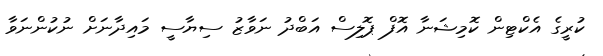
ކުރީގެ އެކްޓިން ކޮމިޝަނާ އޮފް ޕޮލިސް އަބްދު ނަވާޒު ސިޔާސީ މައިދާނަށް ނުކުންނަވާ